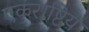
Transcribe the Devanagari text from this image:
एकराष्टिय